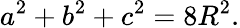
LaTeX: \displaystyle a^{2}+b^{2}+c^{2}=8R^{2}.